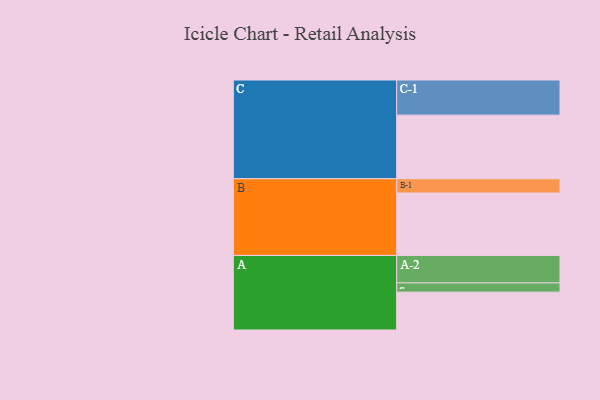
{"axis": {"x": "Segment", "y": "Value"}, "legend": ["", "A", "B", "C"], "data": [{"x": "A", "y": 319, "type": ""}, {"x": "B", "y": 526, "type": ""}, {"x": "C", "y": 536, "type": ""}, {"x": "A-1", "y": 78, "type": "A"}, {"x": "A-2", "y": 231, "type": "A"}, {"x": "B-1", "y": 120, "type": "B"}, {"x": "C-1", "y": 296, "type": "C"}]}